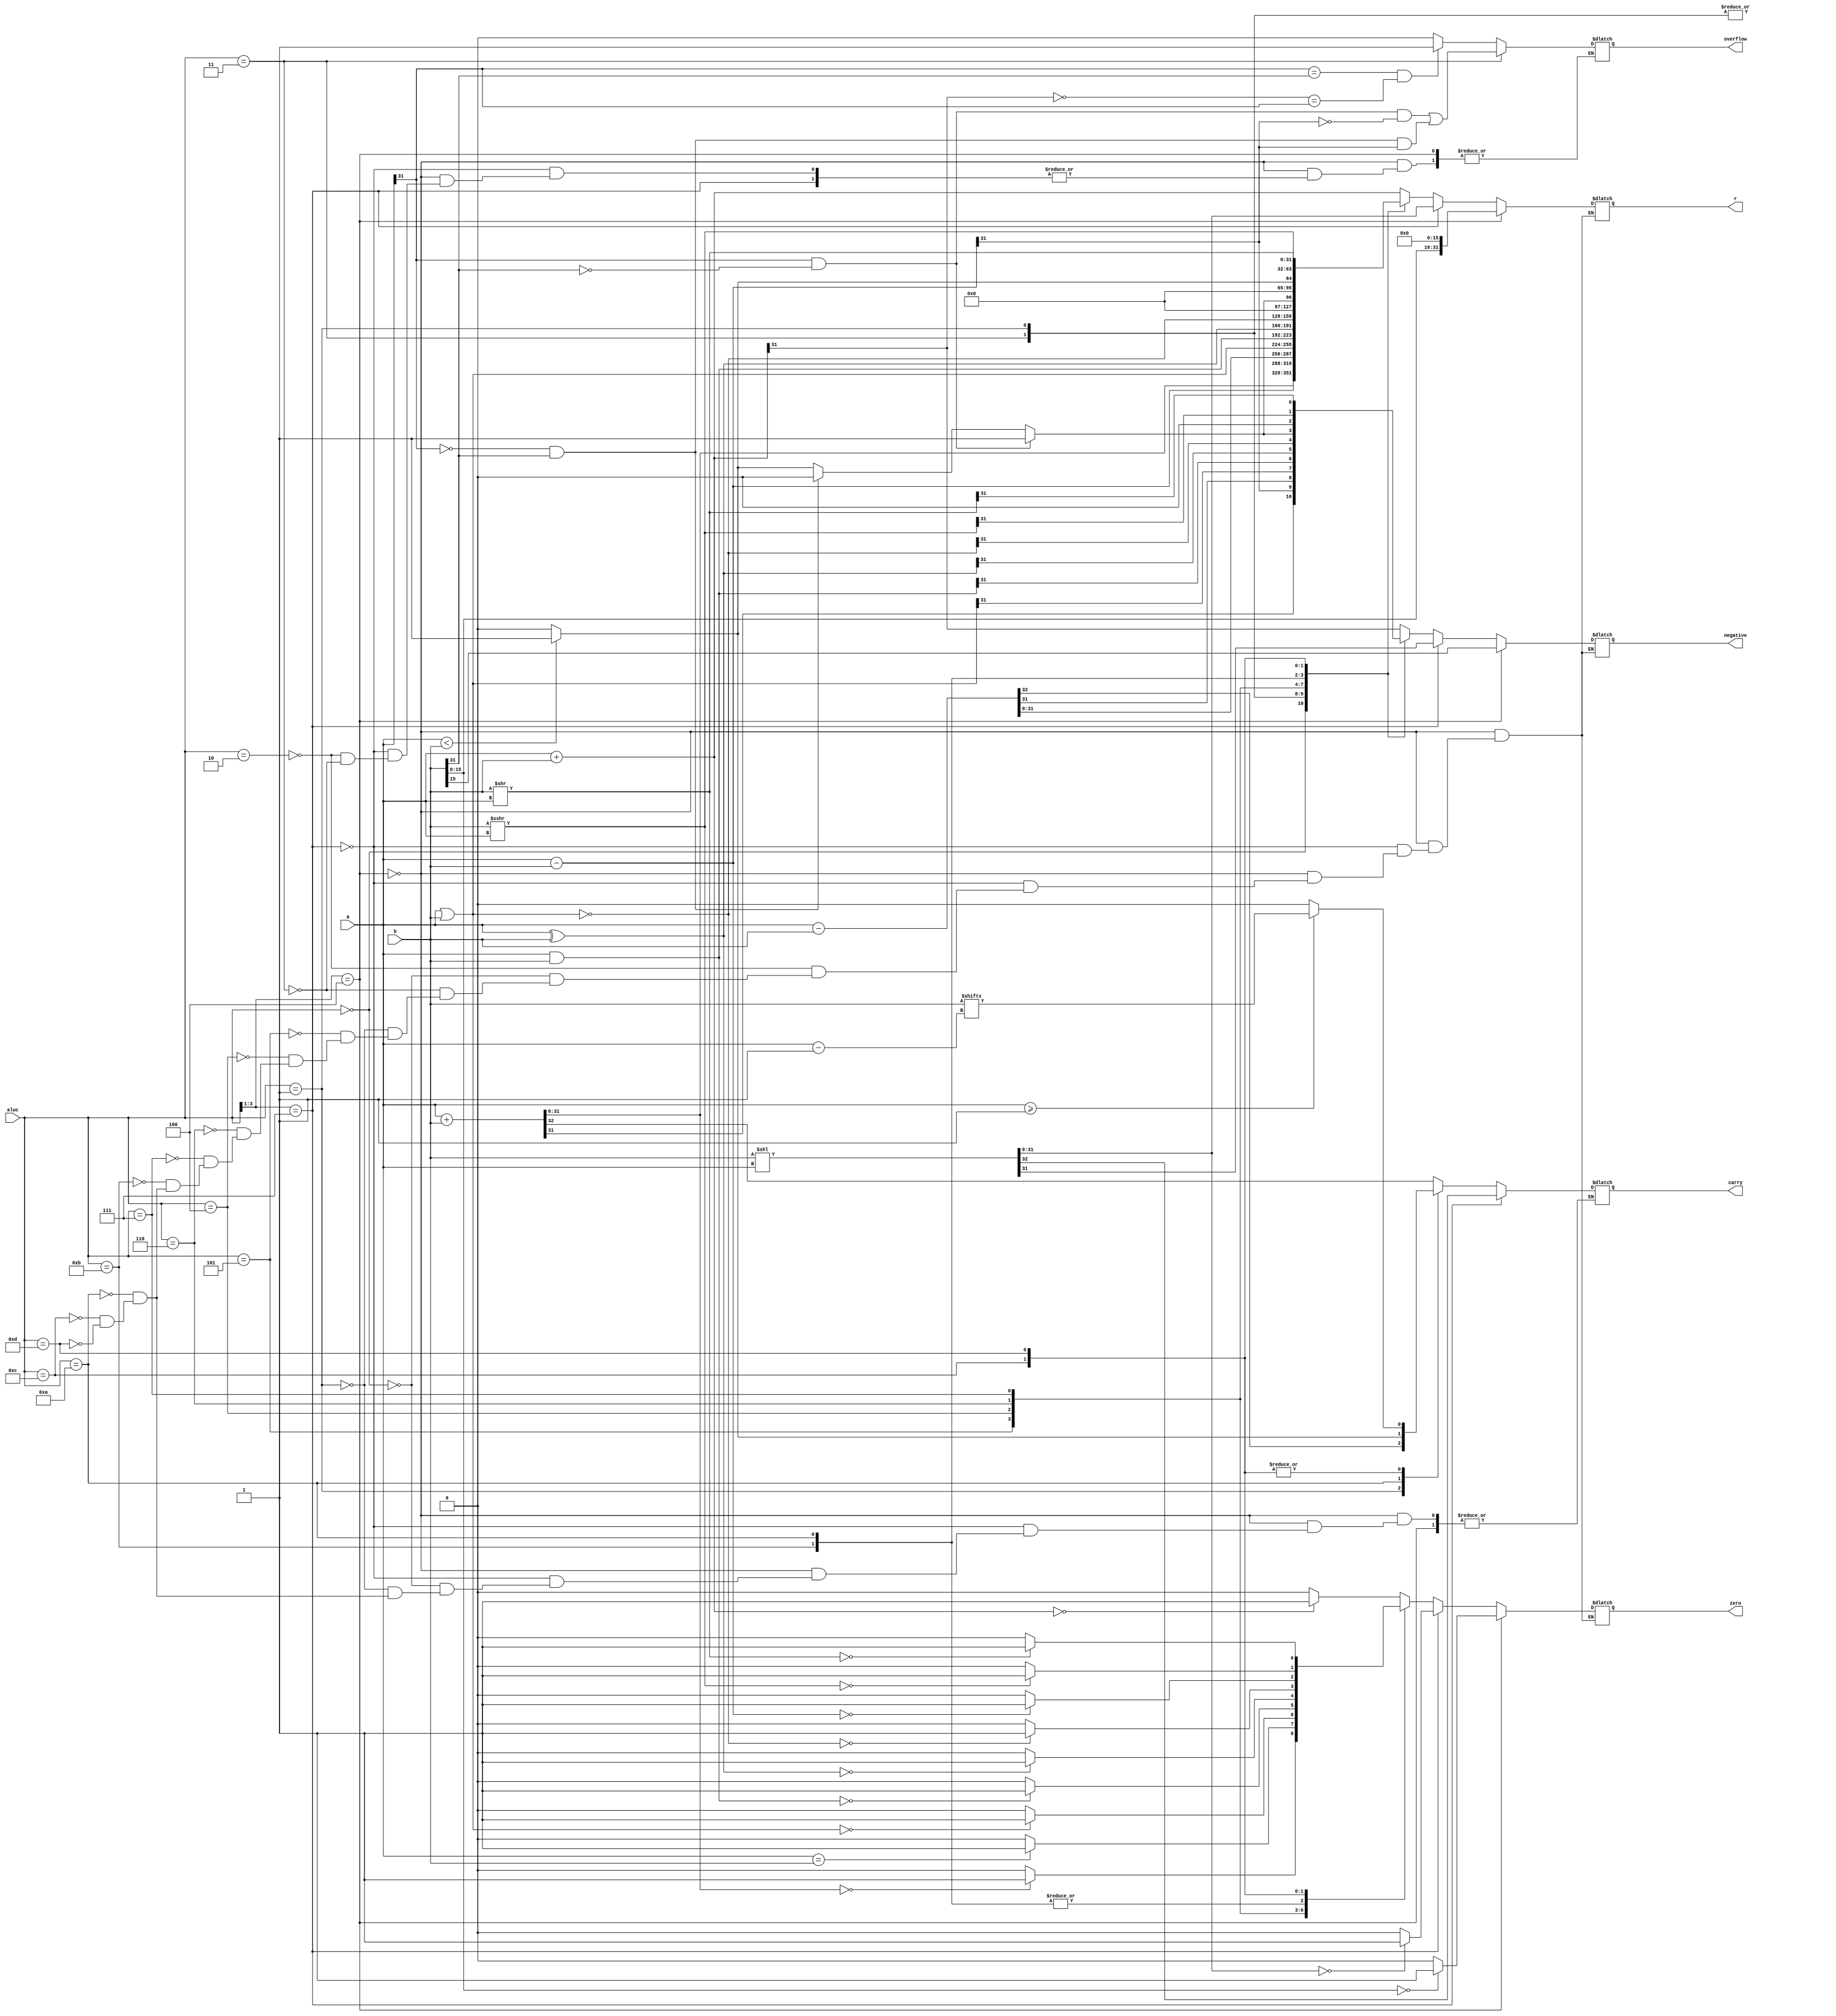
`timescale 1ns / 1ps
//////////////////////////////////////////////////////////////////////////////////
// Company: 
// Engineer: 
// 
// Design Name: 
// Module Name: alu
// Project Name: 
// Target Devices: 
// Tool Versions: 
// Description: 
// 
// Dependencies: 
// 
// Revision:
// Revision 0.01 - File Created
// Additional Comments:
// 
//////////////////////////////////////////////////////////////////////////////////


module alu(
    input[31:0]a,
    input[31:0]b,
    input[3:0]aluc,
    output reg [31:0]r,
    output reg zero,
    output reg carry,
    output reg negative,
    output reg overflow
    );

parameter ADDU =4'b0000;
parameter ADD  =4'b0010;
parameter SUBU =4'b0001;
parameter SUB  =4'b0011;
parameter AND  =4'b0100;
parameter OR   =4'b0101;
parameter XOR  =4'b0110;
parameter NOR  =4'b0111;
parameter LUI  =4'b100x;
parameter SLT  =4'b1011;
parameter SLTU =4'b1010;
parameter SRA  =4'b1100;
parameter SLL  =4'b111x;
parameter SRL  =4'b1101;

always @(*)
 begin
     if(aluc[3:1]==3'b100)
            begin
                r={b[15:0],16'b0};
                zero=(r==0)?1:0;
                negative=r[31];
            end
     else if(aluc[3:1]==4'b111)
            begin
                {carry,r}=b<<a;
                zero=(r==0)?1:0;
                negative=r[31];
            end
    else
     begin
     case(aluc)
        ADD :begin
            r=a+b;
             overflow=(a[31]==b[31])&&(~r[31]==a[31])?1:0;
             zero=(r==0)?1:0;
             negative=r[31];
        end
            
        ADDU:begin
            {carry,r}=a+b;
            zero=(r==0)?1:0;
            negative=r[31];
        end

        SUB:begin
            r=a-b;
            overflow=((a[31]==1&&b[31]==0&&r[31]==0)||(a[31]==0&&b[31]==1&&r[31]==1));
            zero=(a==b)?1:0;
            negative=r[31];
        end

        SUBU:begin
            {carry,r}=a-b;
            zero=(a==b)?1:0;
            negative=r[31];
        end

        OR:begin
          r=a|b;
          zero=(r==0)?1:0; 
          negative=r[31];
        end

        AND:begin
            r=a&b;
            zero=(r==0)?1:0;
            negative=r[31];
        end

        XOR:begin
            r=a^b;
            zero=(r==0)?1:0;
            negative=r[31];
        end

        NOR:begin
            r=~(a|b);
            zero=(r==0)?1:0;
            negative=r[31];
        end

        SLT:begin
            if(a[31]==1&&b[31]==0)
                r=1;
            else if(a[31]==0&&b[31]==1)
                r=0;
            else
                r=(a<b)?1:0;
            negative=r;    
            zero=(a-b==0)?1:0;
        end

        SLTU:begin
            r=(a<b)?1:0;
            carry=r;
            zero=(a-b==0)?1:0;
            negative=0;
        end
        
        SRA:begin
            r=($signed(b))>>>a;
            zero=(r==0)?1:0;
            negative=r[31];
            if(a>=1)
            carry=b[a-1];
            else
            carry=0;
        end

        SRL:begin
            r=b>>a;
            zero=(r==0)?1:0;
            negative=r[31];
            if(a>=1)
                carry=b[a-1];
            else
                carry=0;
        end
        default:;
        endcase
     end
end
endmodule